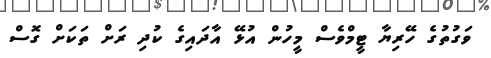
ވަގުތުގެ ހޭރިޔާ ޓީމްވެސް މީހުން އުޅޭ އާދައިގެ ކުދި ރަށް ތަކަށް ގޮސް